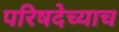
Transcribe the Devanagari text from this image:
परिषदेच्याच